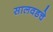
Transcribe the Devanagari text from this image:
सालवडचे